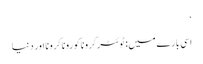
‘
اسی بارے میں: ٹوئٹرکروناکوروناکرونا اور دنیا